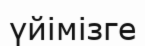
үйімізге